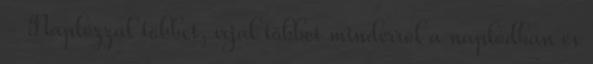
- Naplózzál többet, írjál többet minderrõl a naplódban és